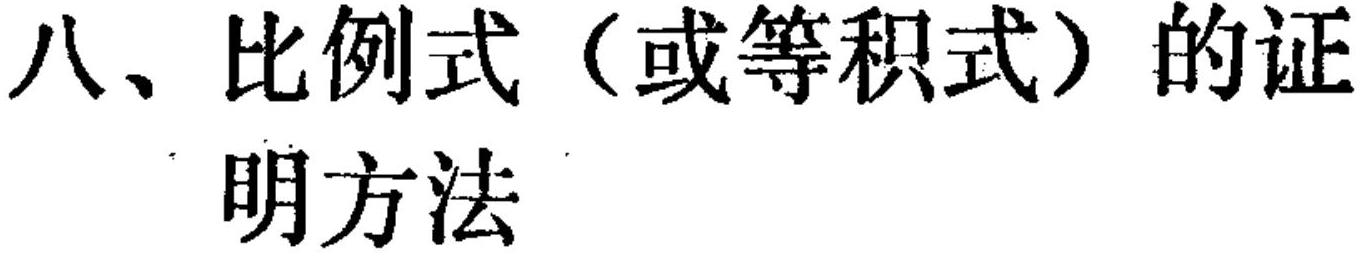
八、比例式（或等积式）的证
明方法